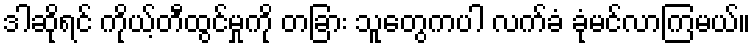
ဒါဆိုရင် ကိုယ့်တီထွင်မှုကို တခြား သူတွေကပါ လက်ခံ ခုံမင်လာကြမယ်။